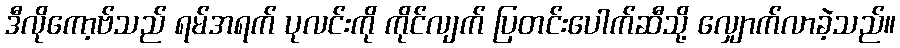
ဒီလိုကော့ဗ်သည် ရမ်အရက် ပုလင်းကို ကိုင်လျက် ပြတင်းပေါက်ဆီသို့ လျှောက်လာခဲ့သည်။